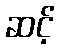
ဆင့်